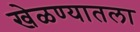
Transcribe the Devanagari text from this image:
खेळण्यातला